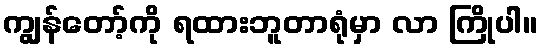
ကျွန်တော့်ကို ရထားဘူတာရုံမှာ လာ ကြိုပါ။